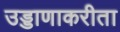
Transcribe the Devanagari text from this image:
उड्डाणाकरीता